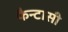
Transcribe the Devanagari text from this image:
फैन्टासी